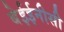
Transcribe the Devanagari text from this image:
बेईईनीसी